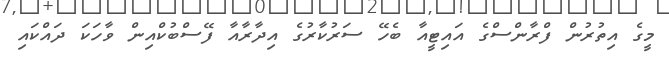
މީގެ އިތުރުން ފްރާންސްގެ އައިޓީއާ ބެހޭ ސަރުކާރުގެ އިދާރާއާ ފޭސްބުކްއިން ވާހަކަ ދައްކައި